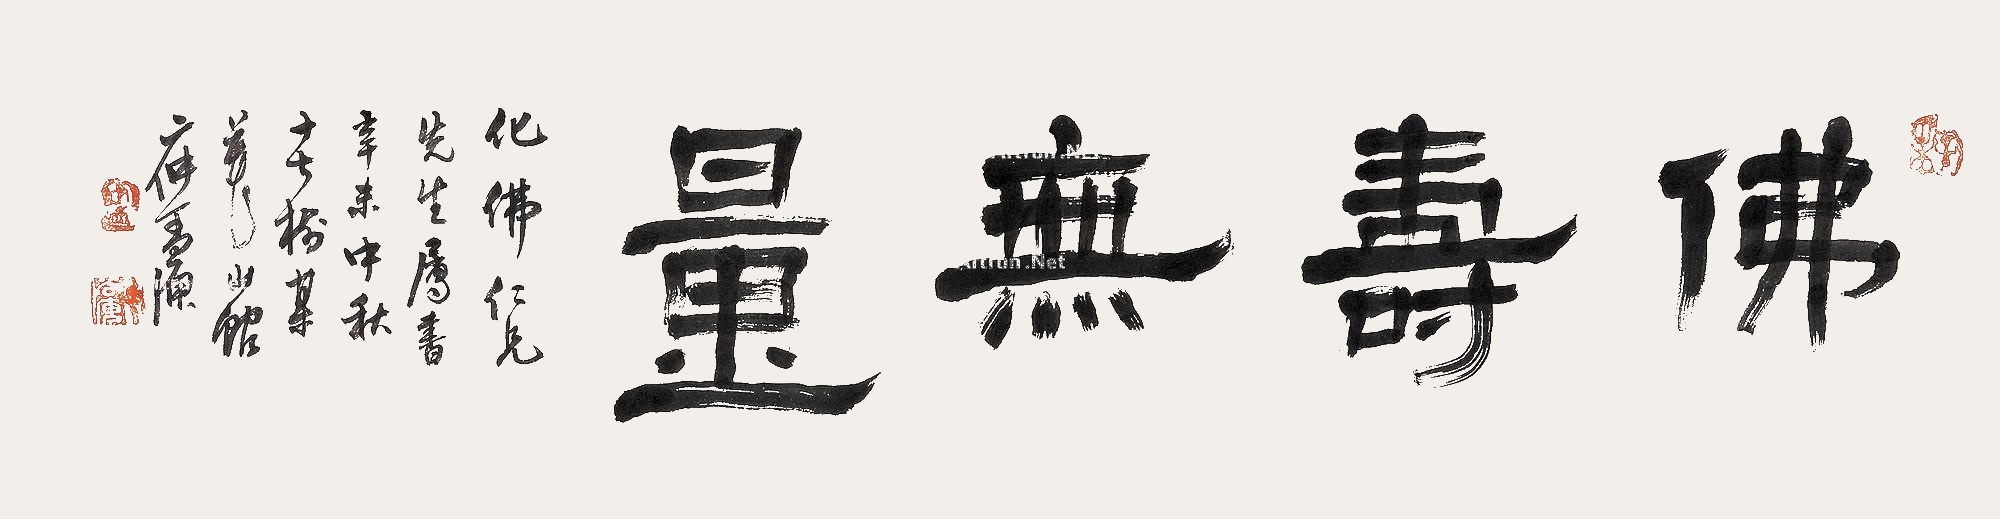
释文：佛寿无量。化佛仁兄先生属书，辛未中秋十七树梅花山馆主人，二仲丁尚庾。